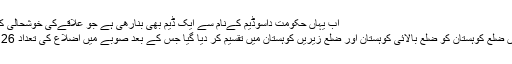
اب یہاں حکومت داسوڈیم کےنام سے ایک ڈیم بھی بنارھی ہے جو علاقےکی خوشحالی کاباعث هوگا
2014ء میں ضلع کوہستان کو ضلع بالائی کوہستان اور ضلع زیریں کوہستان میں تقسیم کر دیا گیا جس کے بعد صوبے میں اضلاع کی تعداد 26 ہو گئی ہے۔